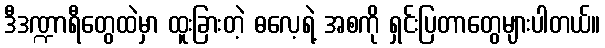
ဒီဒဏ္ဍာရီတွေထဲမှာ ထူးခြားတဲ့ ဓလေ့ရဲ့ အစကို ရှင်းပြတာတွေများပါတယ်။